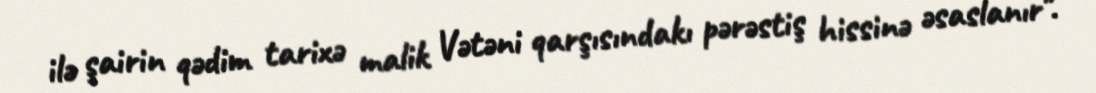
ilə şairin qədim tarixə malik Vətəni qarşısındakı pərəstiş hissinə əsaslanır".